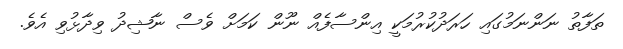
ތަފާތު ނަންނަމުގައި ހަރަދުކުރުމަކީ އިންސާފެއް ނޫން ކަމަށް ވެސް ނާޝިދު ވިދާޅުވި އެވެ.